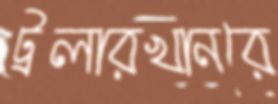
ট্রলারখানরে